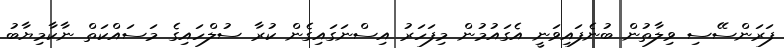
ފަރަންސޭސި ވިލާތުން ބުނެފައިވަނީ އެގައުމުން މިފަހަރު އިސްނަގައިގެން ކުރާ ސުލްހައިގެ މަސައްކަތް ނާކާމިޔާބު